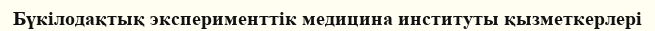
Бүкілодақтық эксперименттік медицина институты қызметкерлері